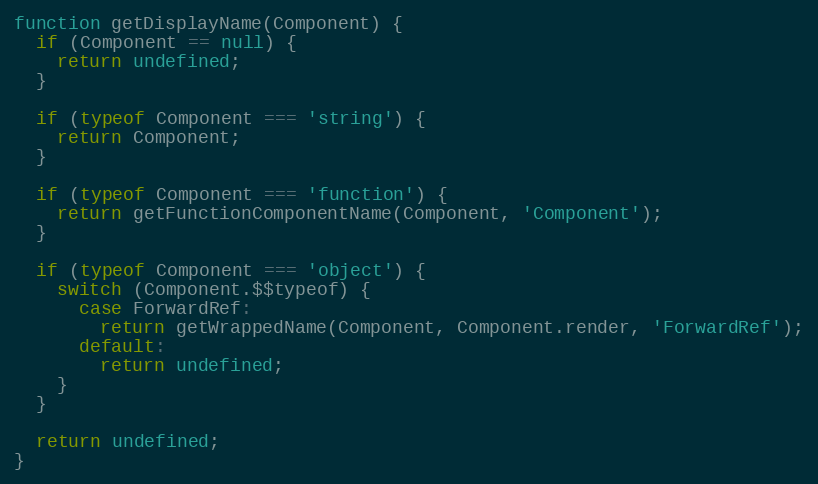
Language: JavaScript
function getDisplayName(Component) {
  if (Component == null) {
    return undefined;
  }

  if (typeof Component === 'string') {
    return Component;
  }

  if (typeof Component === 'function') {
    return getFunctionComponentName(Component, 'Component');
  }

  if (typeof Component === 'object') {
    switch (Component.$$typeof) {
      case ForwardRef:
        return getWrappedName(Component, Component.render, 'ForwardRef');
      default:
        return undefined;
    }
  }

  return undefined;
}